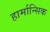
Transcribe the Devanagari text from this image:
हार्मान्सिक